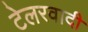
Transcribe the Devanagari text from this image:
टेलरवादी